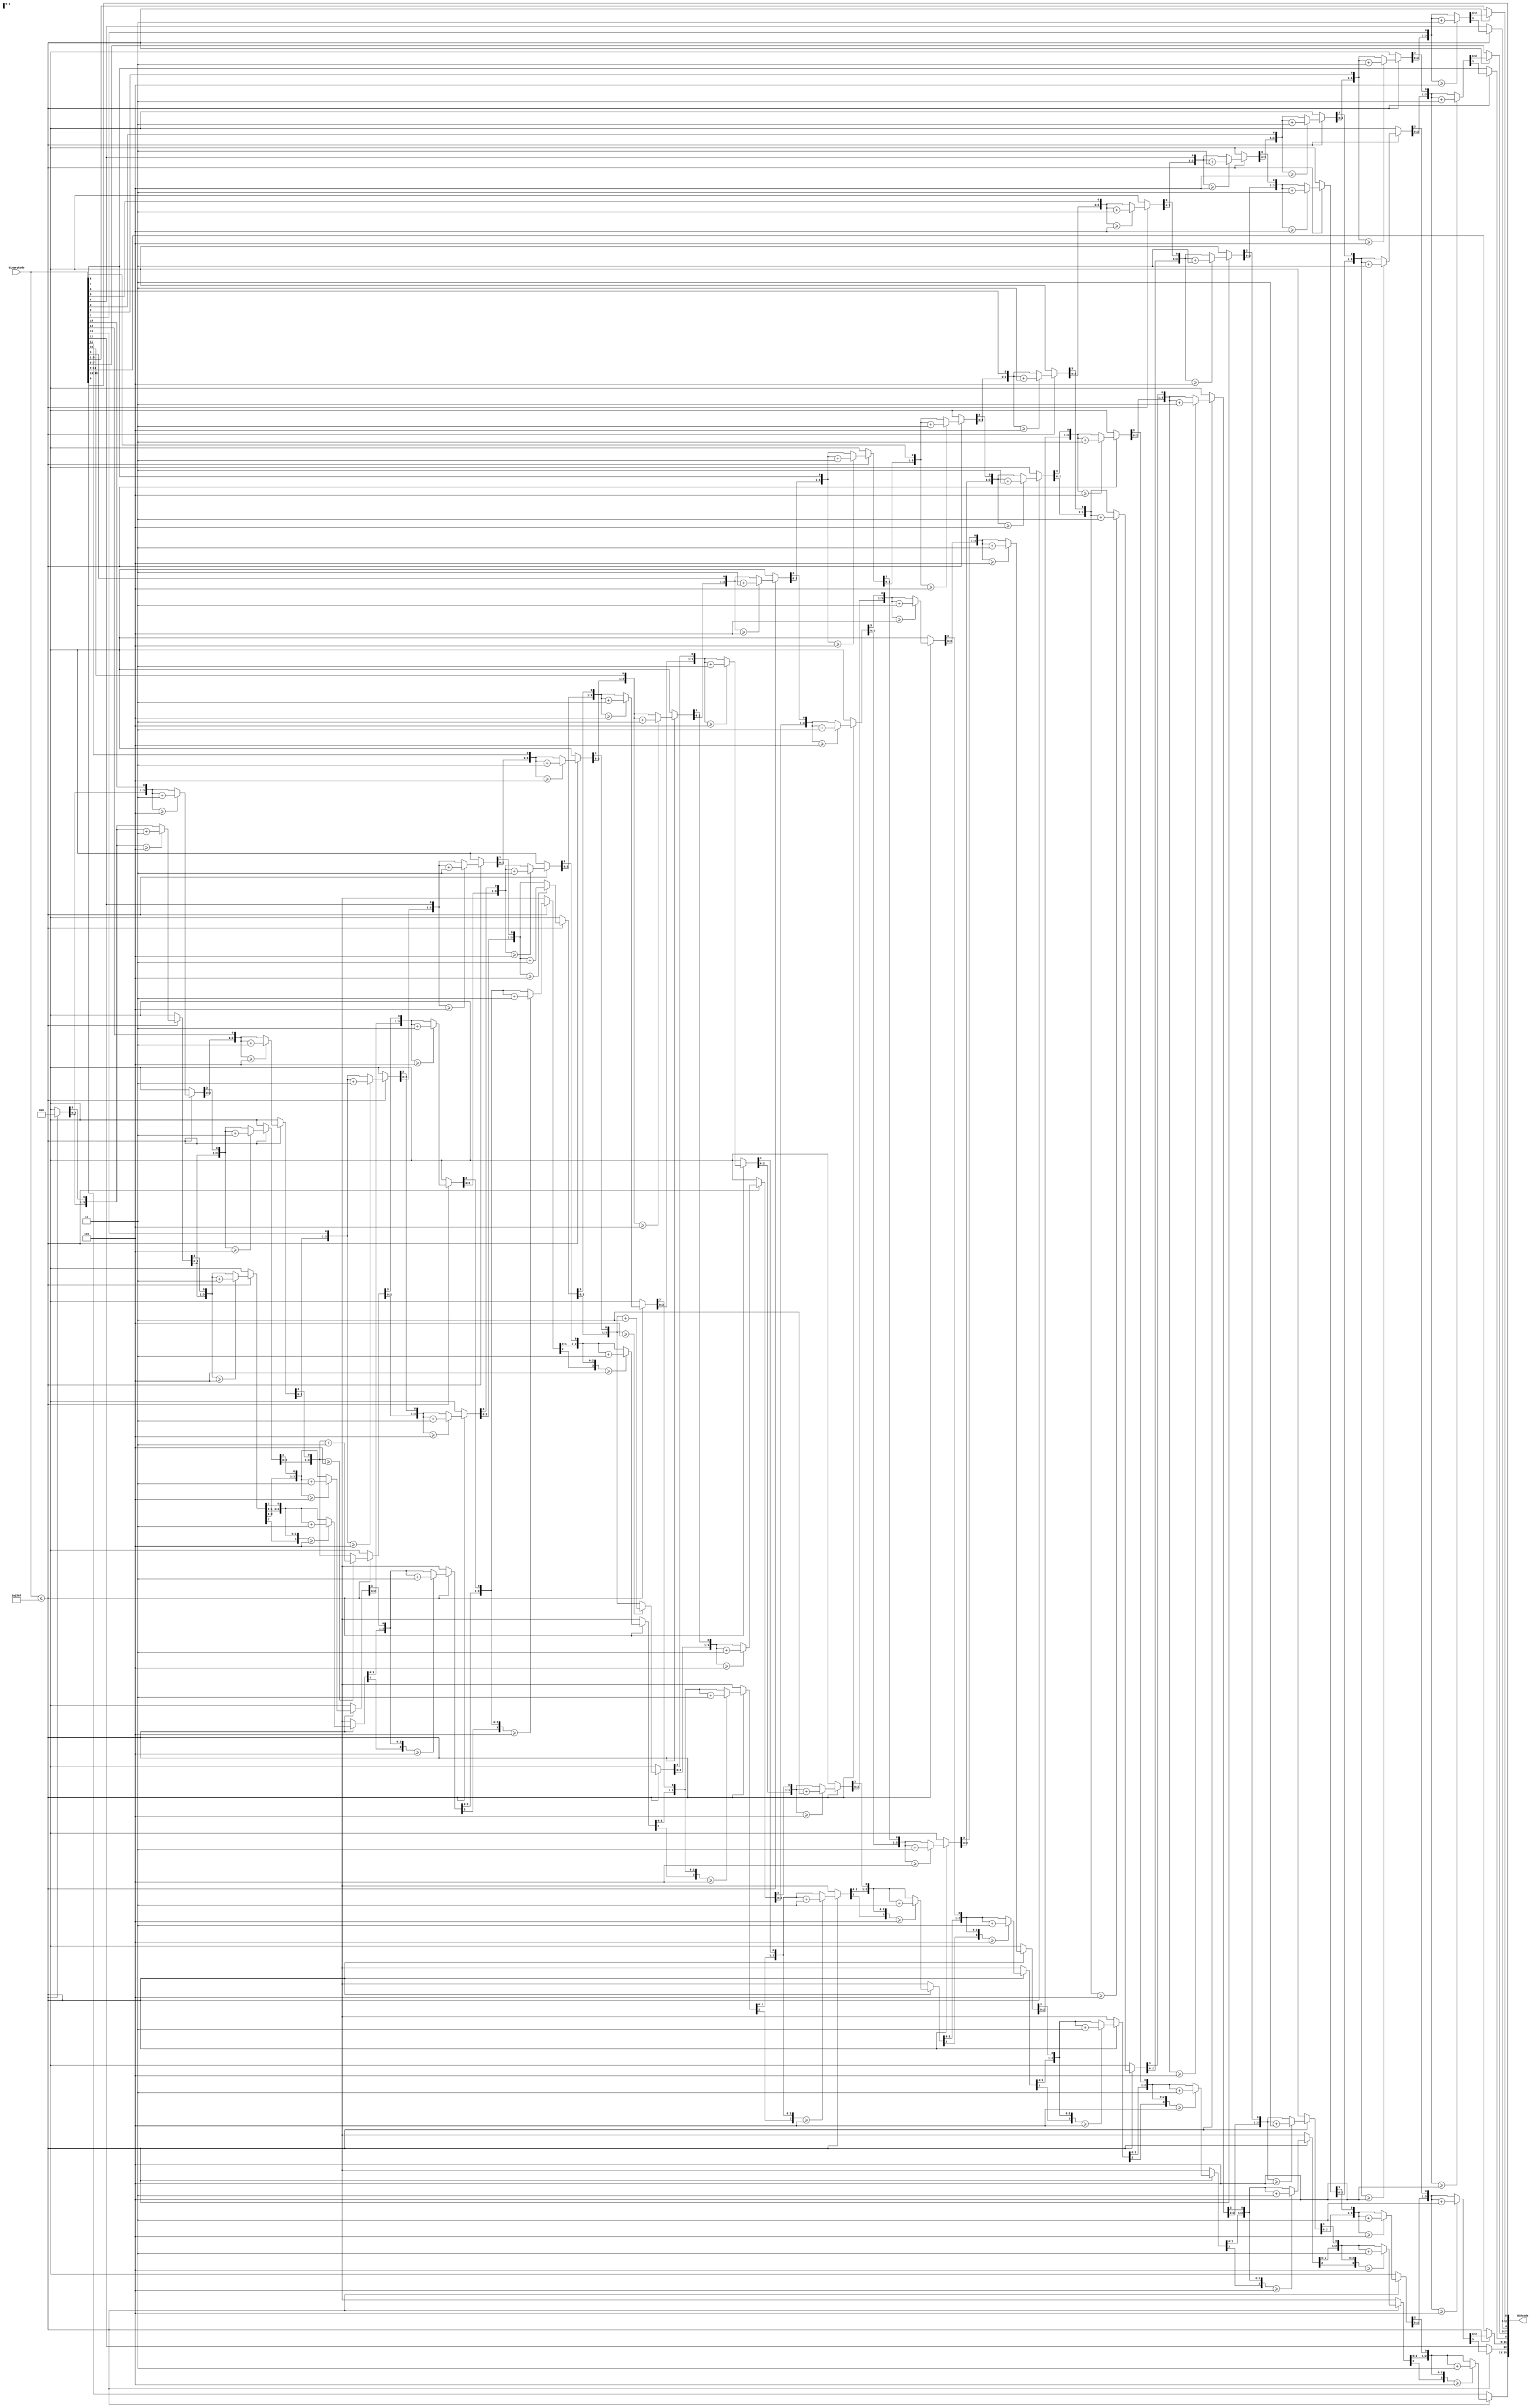
`timescale 1ns / 1ps
//////////////////////////////////////////////////////////////////////////////////
// Module Name: binary_to_BCD
// Project Name: 8-bit_calculator
// Target Devices: Xilinx Artix-7 FPGA
// Description: This program converts a value in binary to binary encoded decimal
// so the correct value can be displayed to the user. Example: 6+6 = 12 or 1100 in
// binary but that needs to be converted to 0001 0010 so each seven segment display
// can display the correct numbers.
//////////////////////////////////////////////////////////////////////////////////

module binary_to_BCD(
    input [15:0] binaryCode,
    output [15:0] BCDcode
    );
    reg [3:0] thousands, hundreds, tens, ones;
    integer i;
    
    always @ (binaryCode) begin
       if (binaryCode <= 9999) begin
          thousands = 4'd0;
          hundreds = 4'd0;
          tens = 4'd0;
          ones = 4'd0;
          for (i = 15; i >= 0; i = i - 1) begin
             if (thousands >= 5) thousands = thousands + 3;
             if (hundreds >= 5) hundreds = hundreds + 3;
             if (tens >= 5) tens = tens + 3;
             if (ones >= 5) ones = ones + 3;
             thousands = thousands << 1;
             thousands[0] = hundreds[3];
             hundreds = hundreds << 1;
             hundreds[0] = tens[3];
             tens = tens << 1;
             tens[0] = ones[3];
             ones = ones << 1;
             ones[0] = binaryCode[i];
          end
       end
       else begin
          thousands = binaryCode[15:12];
          hundreds = binaryCode [11:8];
          tens = binaryCode[7:4];
          ones = binaryCode[3:0];
       end
    end
    
    assign BCDcode[15:12] = thousands;
    assign BCDcode[11:8] = hundreds;
    assign BCDcode[7:4] = tens;
    assign BCDcode[3:0] = ones;
        
endmodule